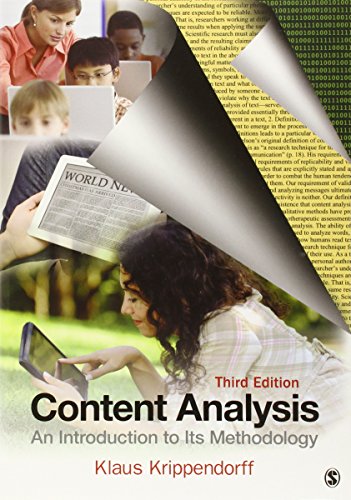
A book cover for Content Analysis: An Introduction to Its Methodology; Klaus H. Krippendorff; Medical Books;